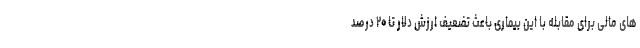
های مالی برای مقابله با این بیماری باعث تضعیف ارزش دلار تا ۲۰ درصد